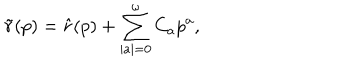
LaTeX: \tilde { r } ( p ) = \hat { r } ( p ) + \sum _ { \mid a \mid = 0 } ^ { \omega } C _ { a } p ^ { a } ,